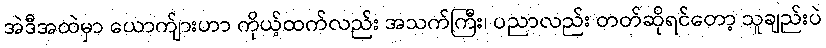
အဲဒီအထဲမှာ ယောက်ျားဟာ ကိုယ့်ထက်လည်း အသက်ကြီး၊ ပညာလည်း တတ်ဆိုရင်တော့ သူချည်းပဲ